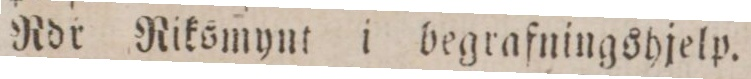
Rdr Riksmynt i begrafningshjelp.